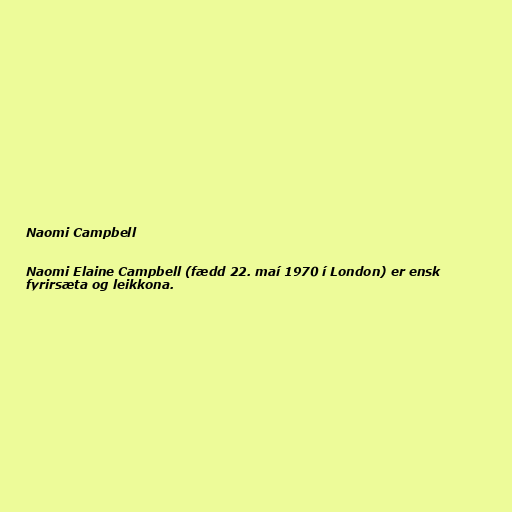
Naomi Campbell

Naomi Elaine Campbell (fædd 22. maí 1970 í London) er ensk
fyrirsæta og leikkona.